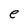
Character: e